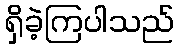
ရှိခဲ့ကြပါသည်